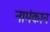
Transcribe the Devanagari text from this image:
नामंकान